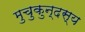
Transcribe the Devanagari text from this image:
मुचुकुन्दस्य